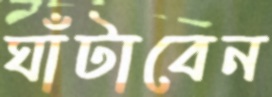
ঘাঁটাবেন